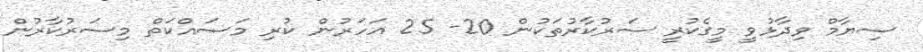
ސިޔާމް ވިދާޅުވީ މީގެކުރީ ސަރުކާރުތަކުން 20- 25 އަަހަރުން ކުރި މަސައްކަތް މިސަރުކާރުން